Leaving Certificate Examination, 1920
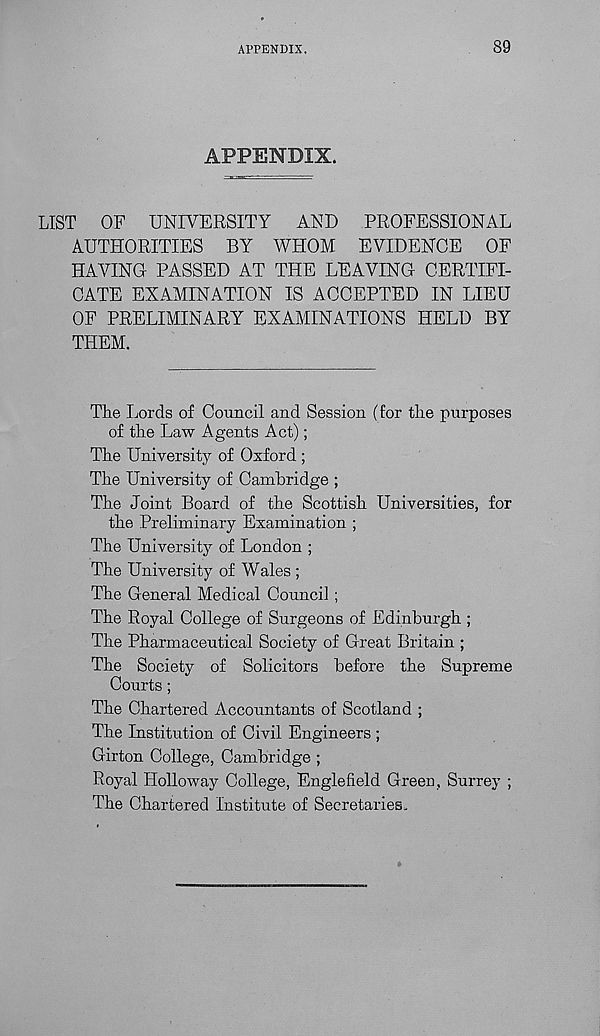
APPENDIX.
89
APPENDIX.
LIST
OF UNIVERSITY
AND
PROFESSIONAL
AUTHORITIES BY WHOM EVIDENCE
OF
HAVING PASSED AT THE LEAVING CERTIFI-
CATE EXAMINATION IS ACCEPTED IN LIEU
OF PRELIMINARY EXAMINATIONS HELD BY
THEM.
The Lords of Council and Session (for the purposes
of the Law Agents Act);
The University of Oxford ;
The University of Camhridge ;
The Joint Board of the Scottish Universities, for
the Preliminary Examination ;
The University of London ;
The University of Wales ;
The General Medical Council ;
The Royal College of Surgeons of Edinburgh ;
The Pharmaceutical Society of Great Britain ;
The Society of Solicitors before the Supreme
Courts;
The Chartered Accountants of Scotland ;
The Institution of Civil Engineers ;
Girton College, Cambridge ;
Royal Holloway College, Engle field Green, Surrey ;
The Chartered Institute of Secretaries.